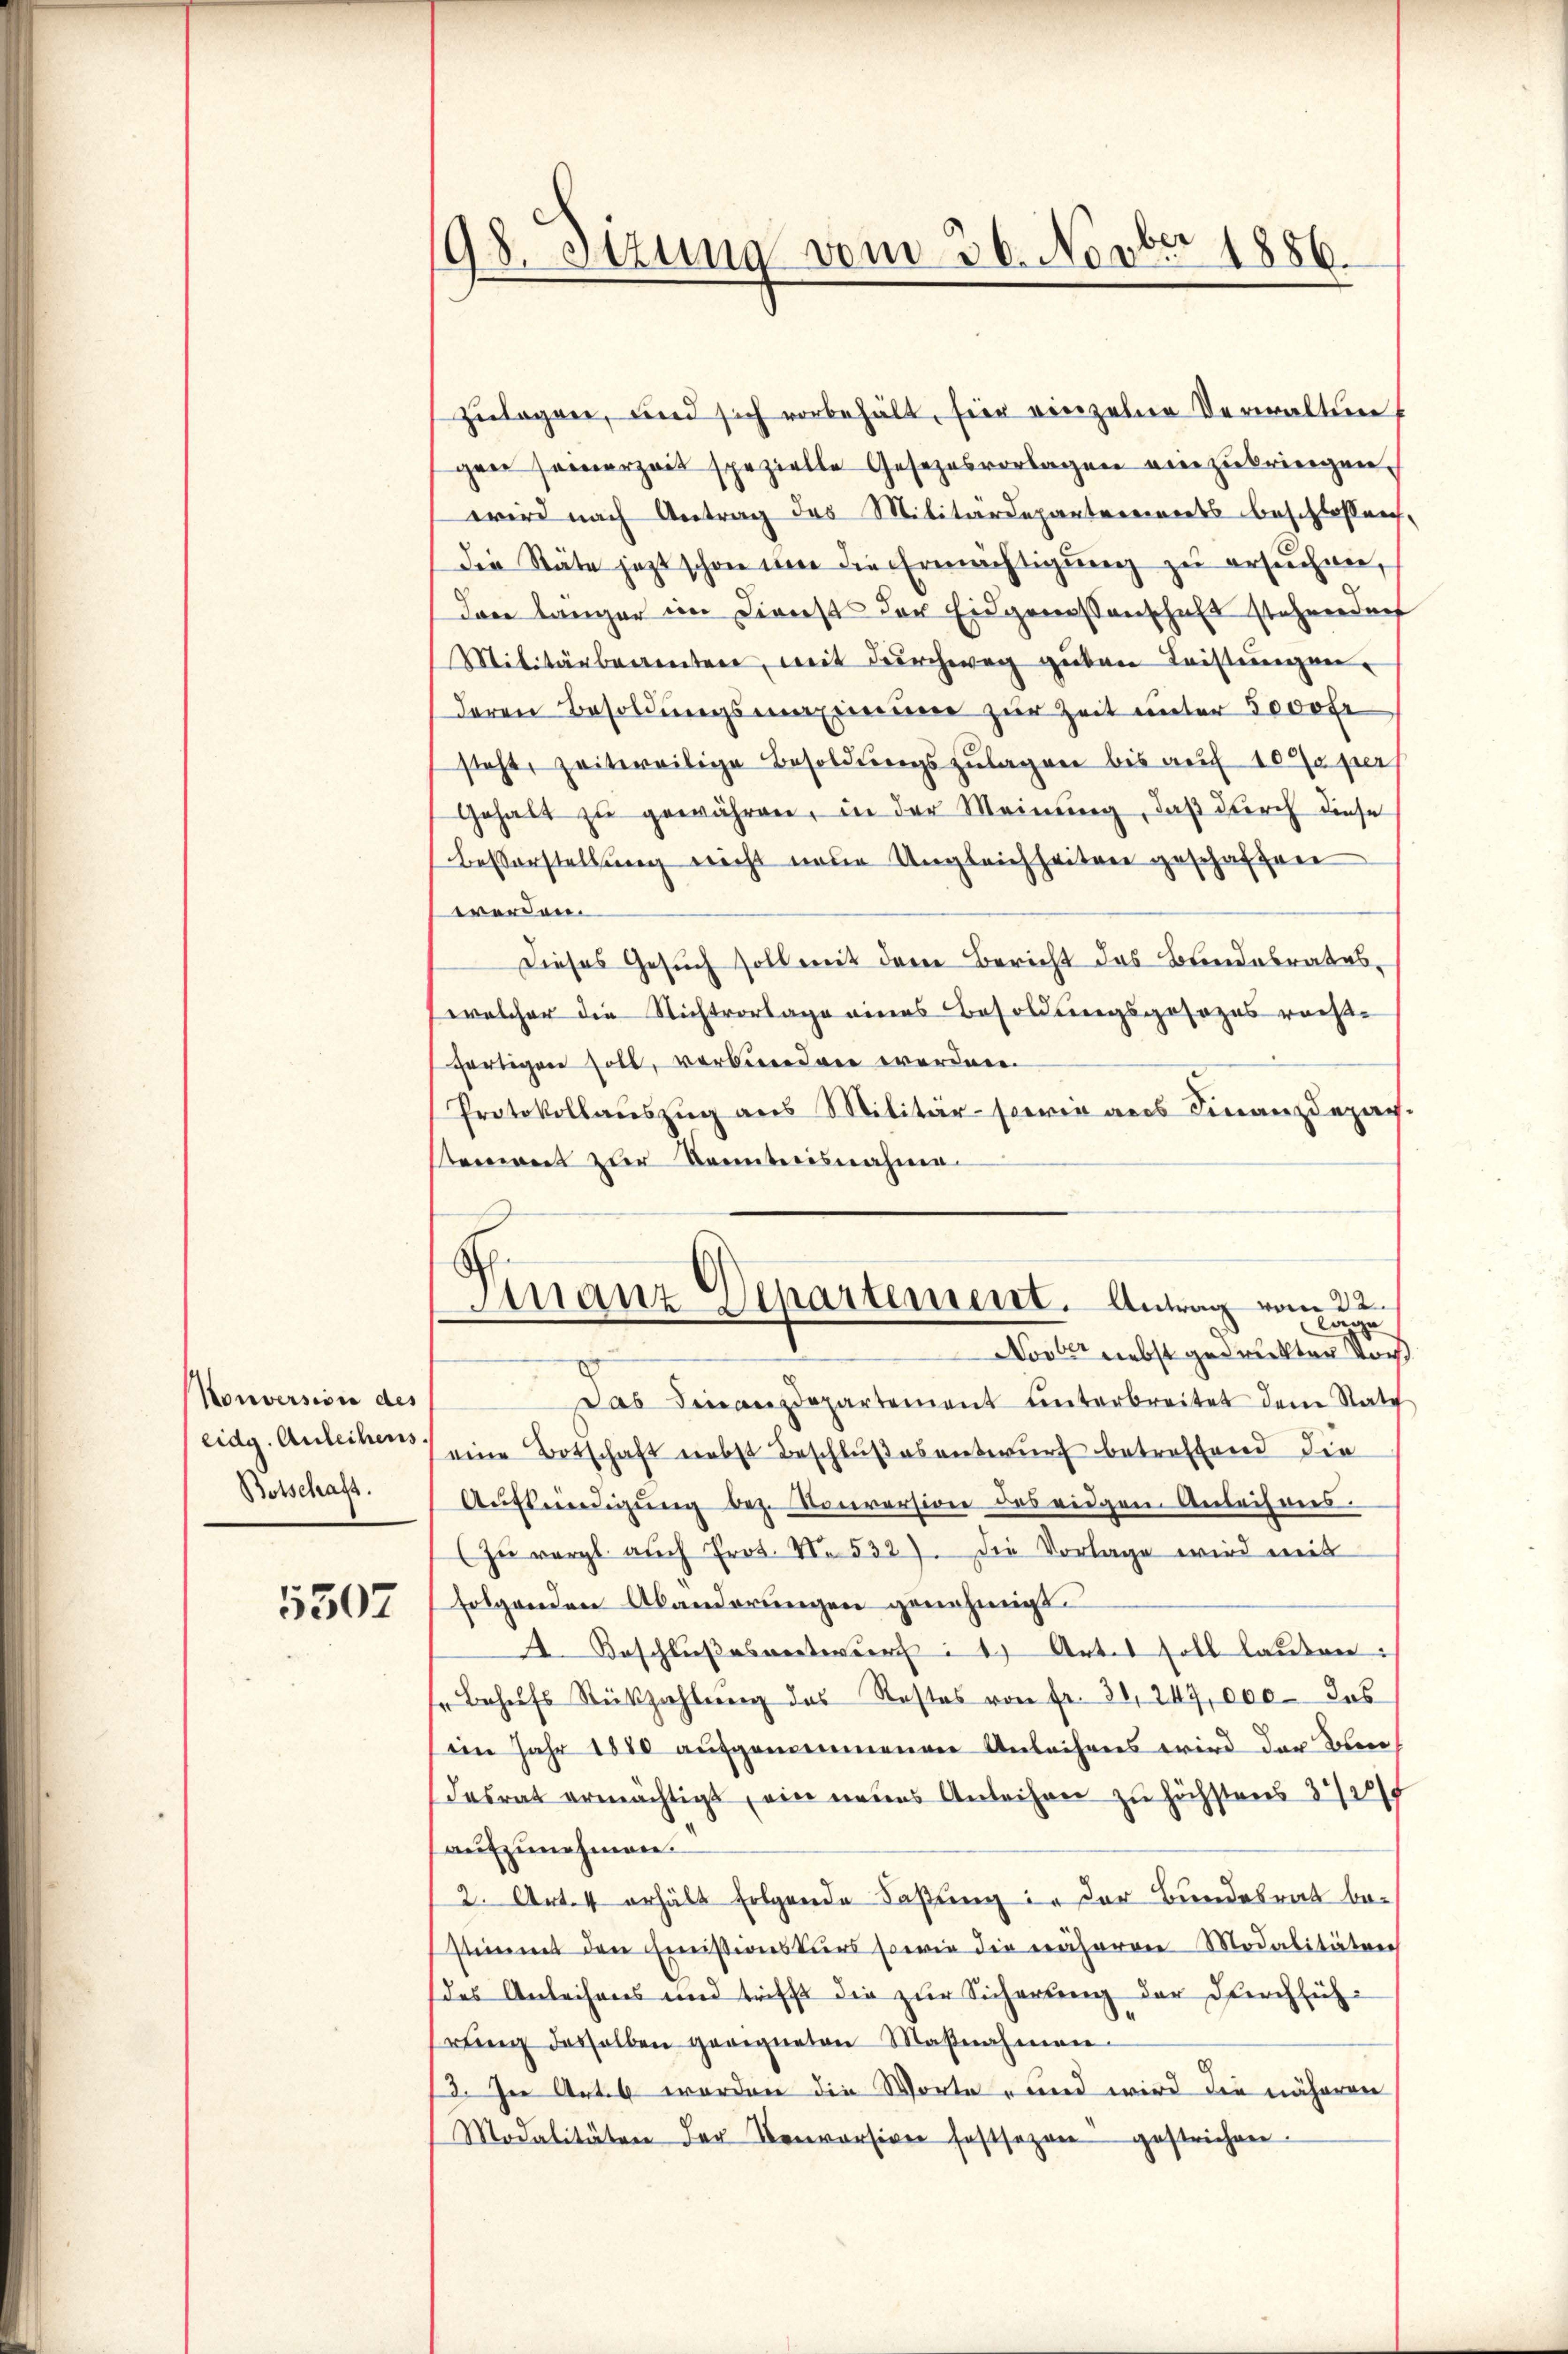
Kouversion des
Notschaft.

5507

198. Stzung vom 26. Novbr. 1886.

Finanz-Departement. Antrag vom 22.
lage
Novber nebst gedruckter Vor

zŭlagen, und sich vorbehält, fier einzelne Verwaltun
gen seinerzeit spezielle Gesezesvorlagen einzubringen.
wird nach Antrag das Militärdepartereits beschlossen,
die Räte jezt schon um die Ermächtigung zu ersuchen,
Dann länger im Dirnest der Eidgenossenschaft stehenden
Militärbeamten, mit dŭrchweg güten Leistŭngen.
deren Besoldŭngsmaximum zur Zeit unter 3000 fr
steht, zeitereilige Besoldungszulagen bis auf 10 % per
Gehalt zŭ gewähren, in der Meinung, daß durch diese
Besserstellung nicht under Ungleichheiten geschaffen
werden.
Dieses Gesuch soll mit dem Bericht das Bundesrates,
welcher die Nichtvorlage eines Besoldungsgesezes rechtfertigen soll, verbunden worden.
Protokollauszug aus Militär-sowie aus Finanzdepach.
sement zur Kenntnisnahme
Das Finanzdepartement unterbreitet dem Rath
(eidg. Anleihens eine Botschaft nebst Beschlußesentwurf betreffend die
Aufkündigung bez. Konversion des eidgen. Anleihres.
(Zŭ vergl. auch Prot. N. 532). Die Vorlage wird mit
folgenden Abänderungen genehmigt.
. Beschlußes verteur: 1) Arter soll lauten:
Behŭfs Rückzahlŭng des Restes von fr. 31, 247, 000 des
iin Jahr 1880 aufgenommenen Anleihens wird der Oben
desrat ermächtigt, ein neues Anleihen zu höchstens 3/4
aufzunehmen.
2. Art. 4 erhält folgende Faßung in der Bundesrat bestimmt den Emissionskurs sowie die näheren Modalitäten
des Anleihens und trifft die zur Sicherung der Durchführŭng deshalben geeigneten Maβnahmen.
13. In Art worden die Worte und wird die näheren
Modalitäten der Kenvorsiven festsezen gestrichen.